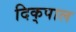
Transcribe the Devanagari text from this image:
दिक्‌पाल